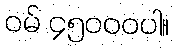
ဝမ် ၄၅၀၀၀ပါ။